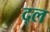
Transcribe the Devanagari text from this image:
द्ल